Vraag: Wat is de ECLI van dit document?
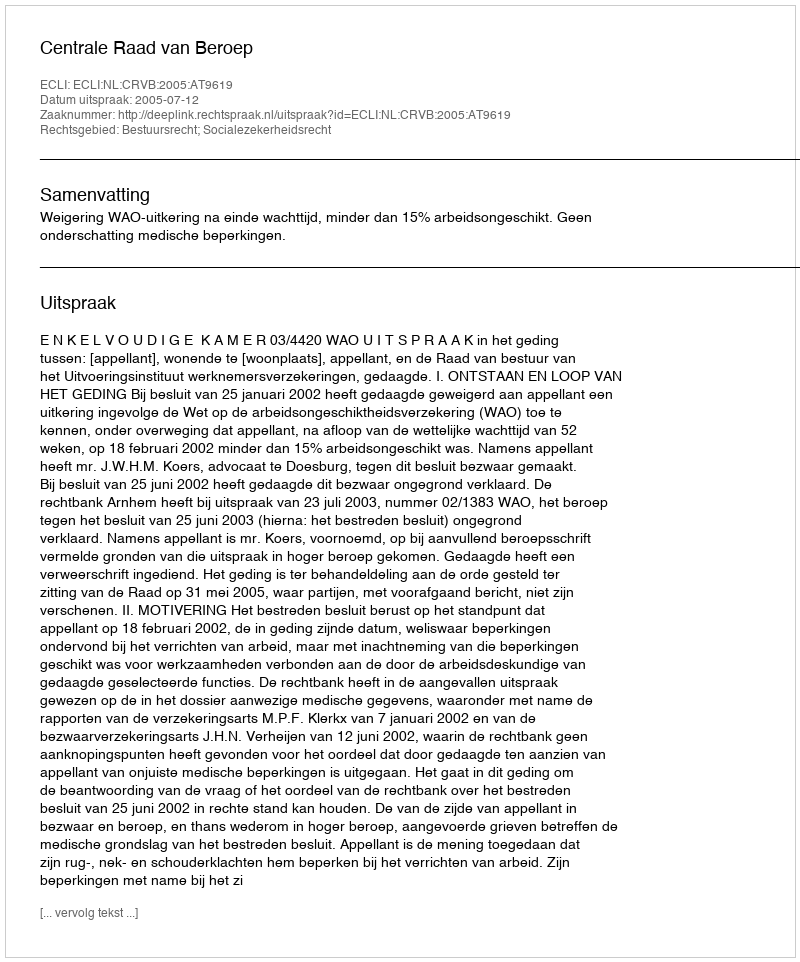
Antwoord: ECLI:NL:CRVB:2005:AT9619